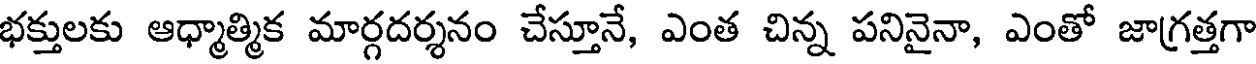
భక్తులకు ఆధ్మాత్మిక మార్గదర్శనం చేస్తూనే, ఎంత చిన్న పనినైనా, ఎంతో జాగ్రత్తగా